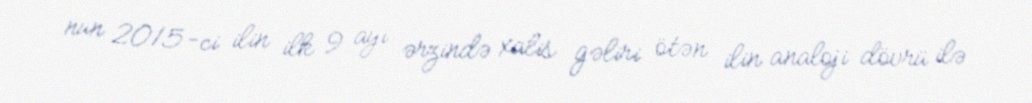
nun 2015-ci ilin ilk 9 ayı ərzində xalis gəliri ötən ilin analoji dövrü ilə